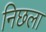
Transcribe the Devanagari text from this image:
निछला